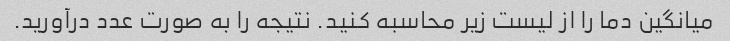
میانگین دما را از لیست زیر محاسبه کنید. نتیجه را به صورت عدد درآورید.